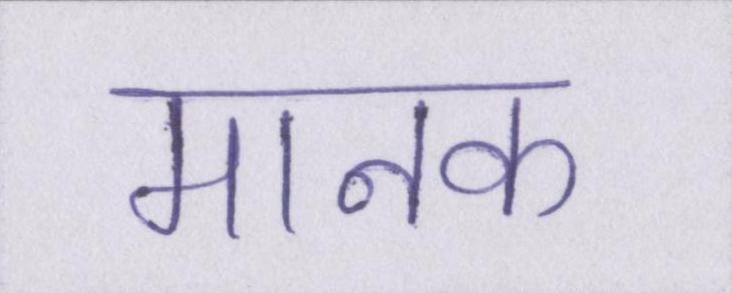
मानक